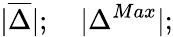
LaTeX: |\overline{{\Delta}}|;\quad|{\Delta^{Max}}|;